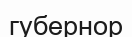
губернор